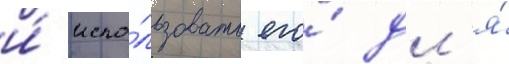
и́ испо́льзовать его́ дл'я́